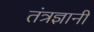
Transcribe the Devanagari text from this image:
तंत्रज्ञानी